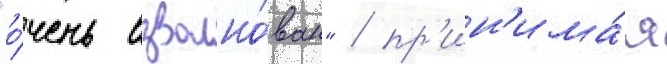
"о́чень взволно́ван" / пр'ин'има́я